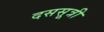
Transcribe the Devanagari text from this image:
दससूत्री